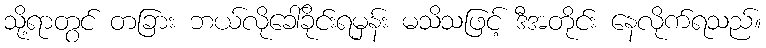
သို့ရာတွင် တခြား ဘယ်လိုခေါ်ခိုင်းရမှန်း မသိသဖြင့် ဒီအတိုင်း နေလိုက်ရသည်။